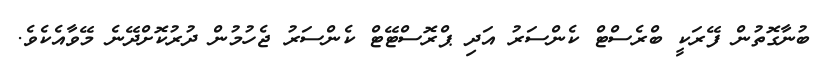
ބުނާގޮތުން ފޭރަކީ ބްރެސްޓް ކެންސަރު އަދި ޕްރޮސްޓޭޓް ކެންސަރު ޖެހުމުން ދުރުކޮށްދޭނެ މޭވާއެކެވެ.